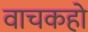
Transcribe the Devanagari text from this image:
वाचकहो